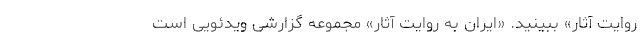
روایت آثار» ببینید. «ایران به روایت آثار» مجموعه‌ گزارشی ویدئویی است